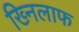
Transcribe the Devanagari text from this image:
ख्निलाफ